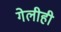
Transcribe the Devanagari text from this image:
गेलीही